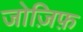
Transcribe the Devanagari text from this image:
जोज़िफ़